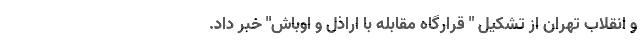
و انقلاب تهران از تشکیل " قرارگاه مقابله با اراذل و اوباش" خبر داد.